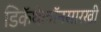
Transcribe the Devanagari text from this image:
डिकॅथेलॉनसारखी